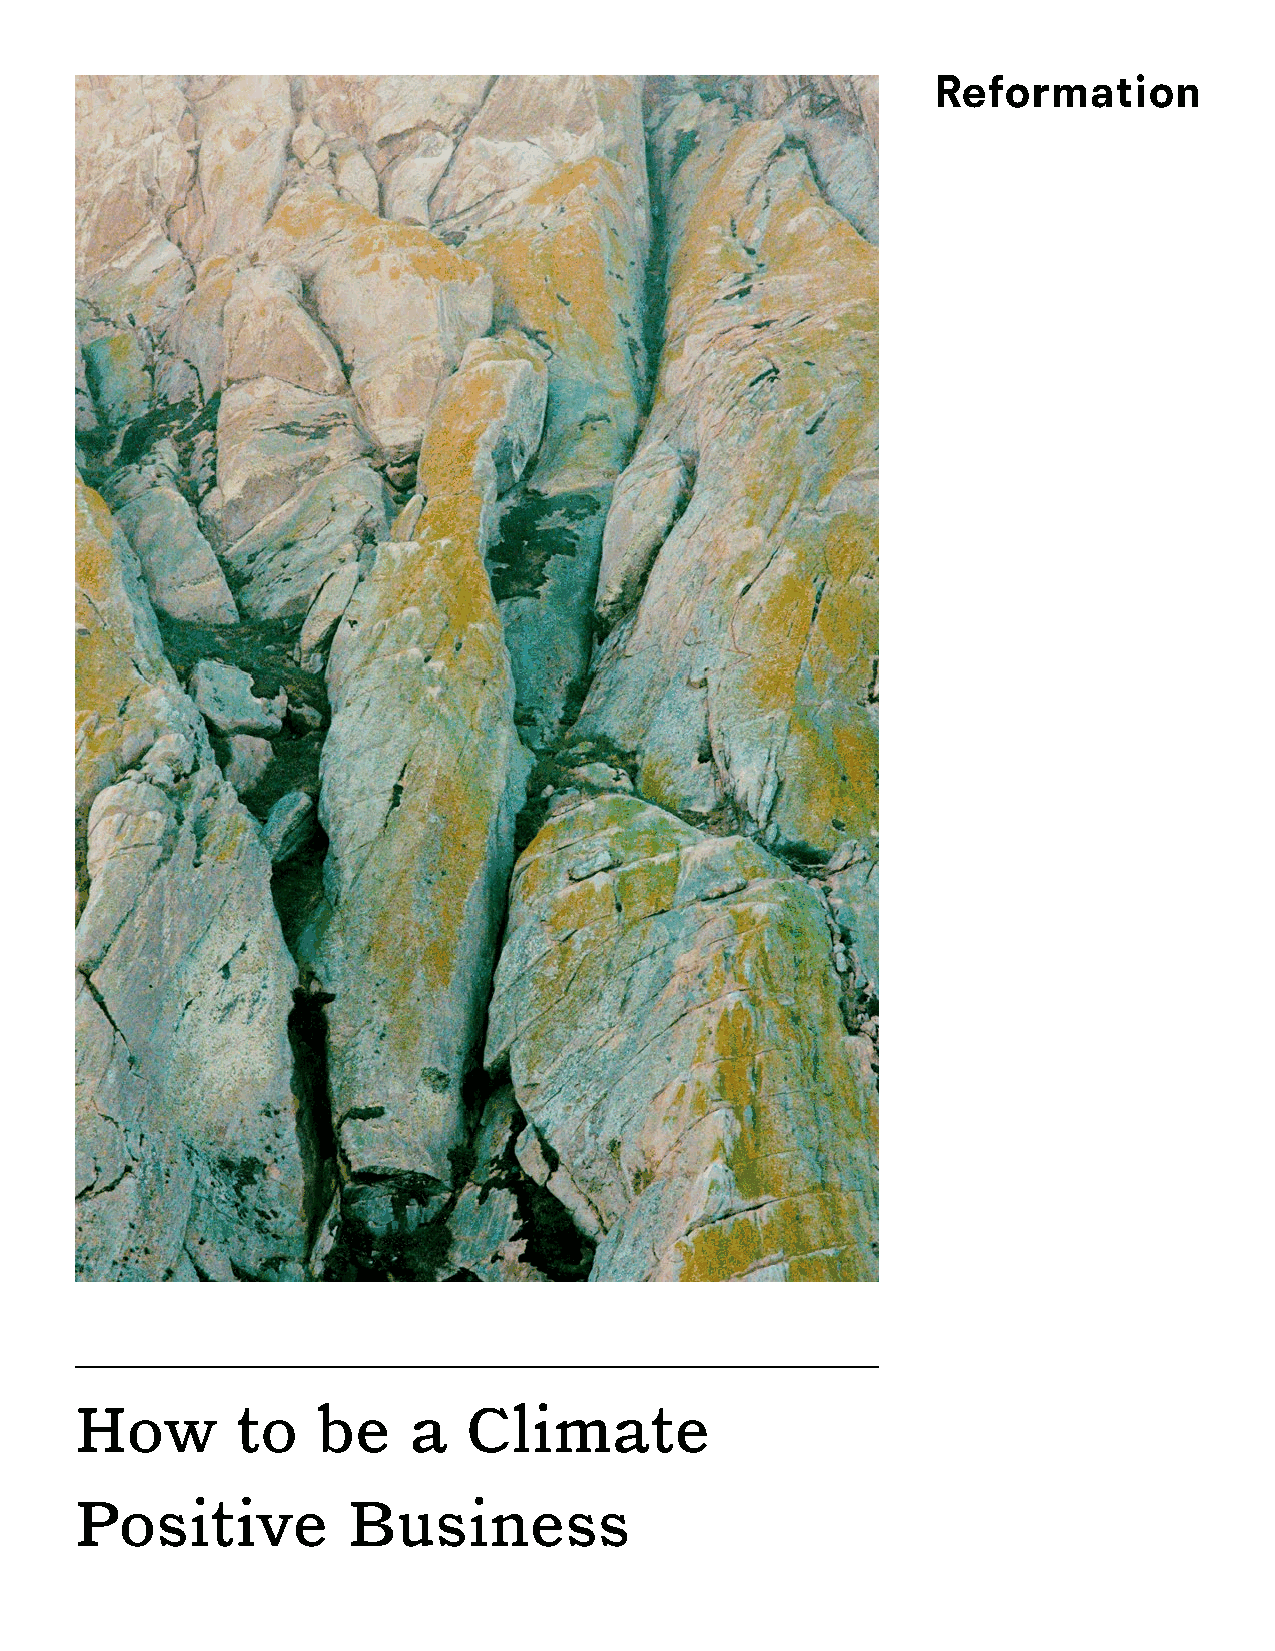
Reformation
 How        to   be    a   Climate
 Positive          Business